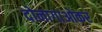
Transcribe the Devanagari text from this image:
दोनागाओकर